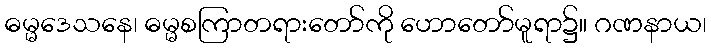
ဓမ္မဒေသနေ၊ ဓမ္မစကြာတရားတော်ကို ဟောတော်မူရာ၌။ ဂဏနာယ၊